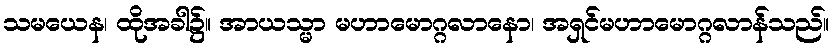
သမယေန၊ ထိုအခါ၌။ အာယသ္မာ မဟာမောဂ္ဂလာနော၊ အရှင်မဟာမောဂ္ဂလာန်သည်။